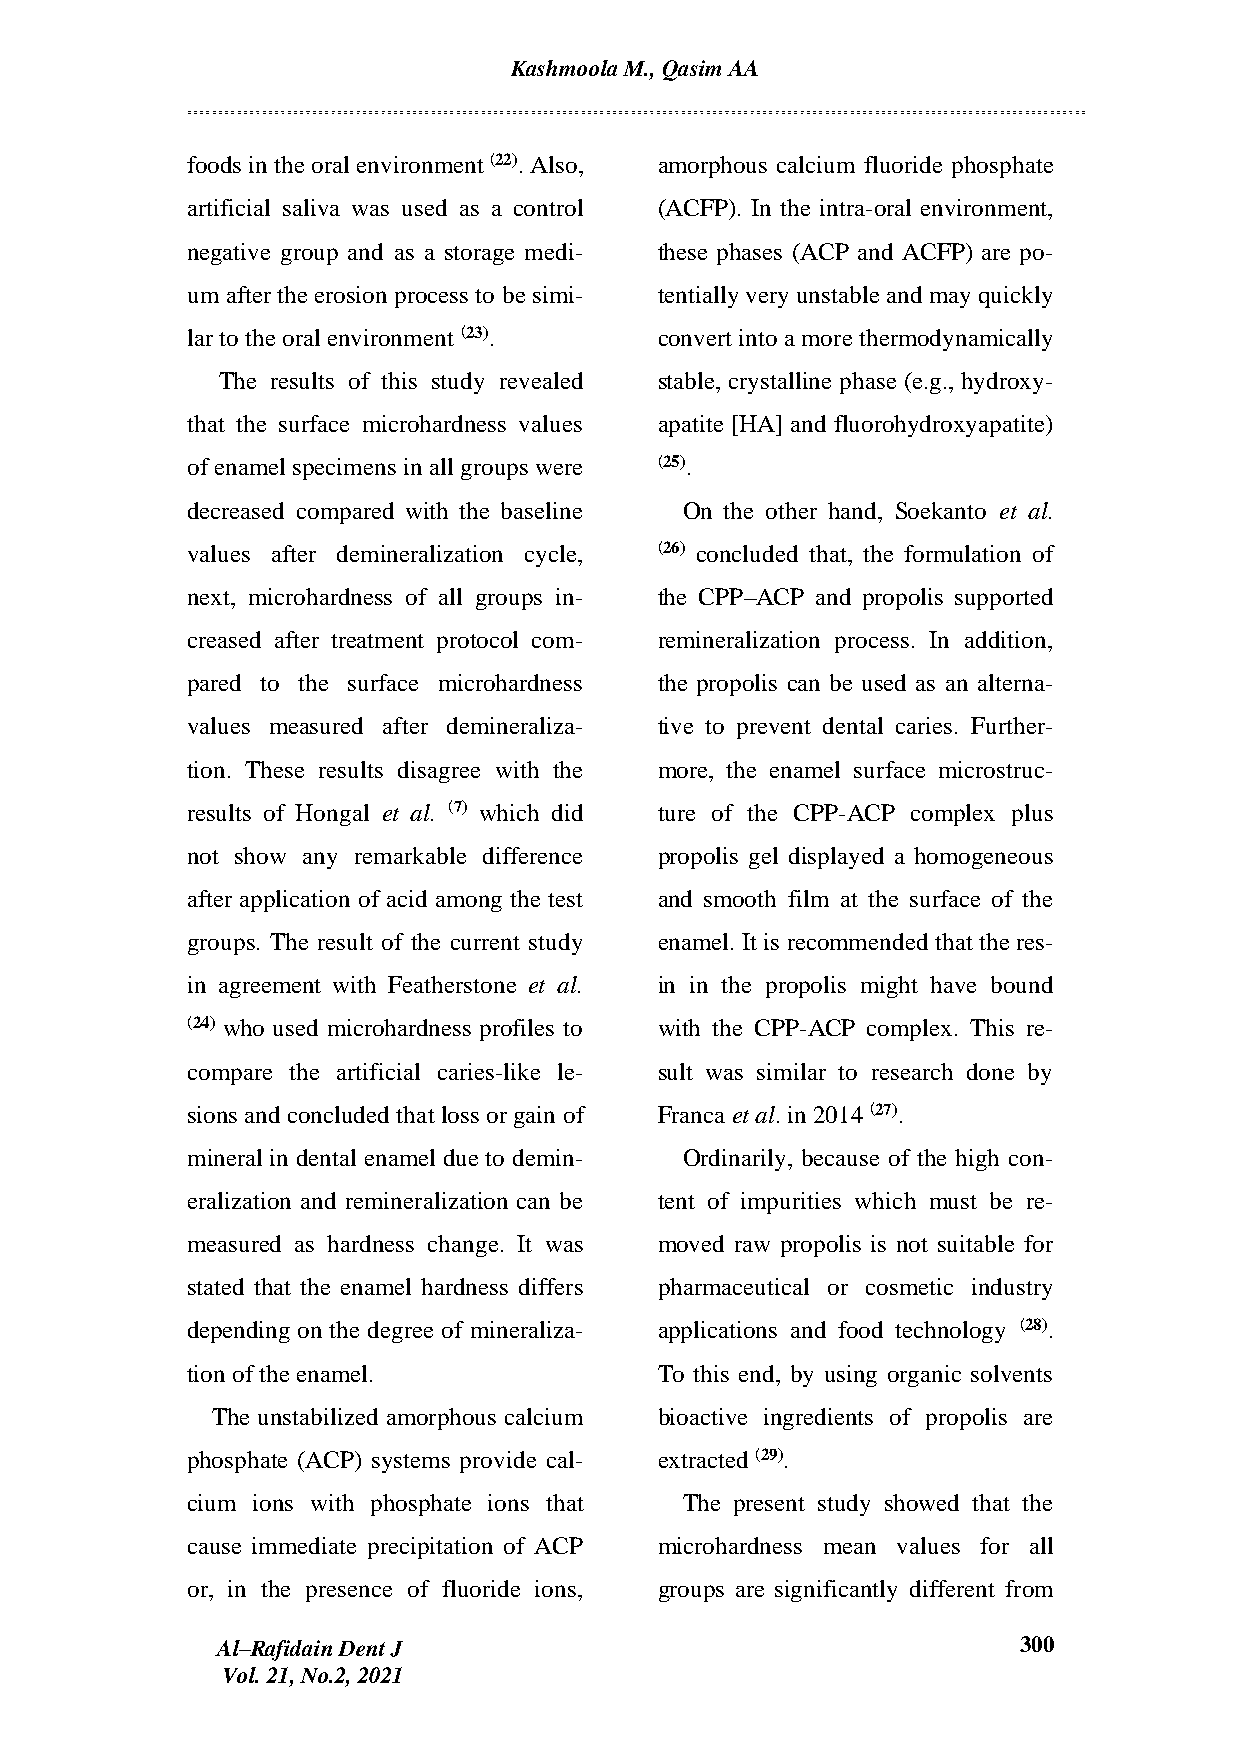
Kashmoola M., Qasim AA
 foods in the oral environment (22). Also, amorphous calcium fluoride phosphate
 artificial saliva was used as a control (ACFP). In the intra-oral environment,
 negative group and as a storage medi- these phases (ACP and ACFP) are po-
 um after the erosion process to be simi- tentially very unstable and may quickly
 lar to the oral environment (23). convert into a more thermodynamically
 The results of this study revealed stable, crystalline phase (e.g., hydroxy-
 that the surface microhardness values apatite [HA] and fluorohydroxyapatite)
 of enamel specimens in all groups were (25).
 decreased compared with the baseline On the other hand, Soekanto et al.
 values after demineralization cycle, (26) concluded that, the formulation of
 next, microhardness of all groups in- the CPP–ACP and propolis supported
 creased after treatment protocol com- remineralization process. In addition,
 pared to the surface microhardness the propolis can be used as an alterna-
 values measured after demineraliza- tive to prevent dental caries. Further-
 tion. These results disagree with the more, the enamel surface microstruc-
 results of Hongal et al. (7) which did ture of the CPP-ACP complex plus
 not show any remarkable difference propolis gel displayed a homogeneous
 after application of acid among the test and smooth film at the surface of the
 groups. The result of the current study enamel. It is recommended that the res-
 in agreement with Featherstone et al. in in the propolis might have bound
 (24) who used microhardness profiles to with the CPP-ACP complex. This re-
 compare the artificial caries-like le- sult was similar to research done by
 sions and concluded that loss or gain of Franca et al. in 2014 (27).
 mineral in dental enamel due to demin- Ordinarily, because of the high con-
 eralization and remineralization can be tent of impurities which must be re-
 measured as hardness change. It was moved raw propolis is not suitable for
 stated that the enamel hardness differs pharmaceutical or cosmetic industry
 depending on the degree of mineraliza- applications and food technology (28).
 tion of the enamel.             To this end, by using organic solvents
 The unstabilized amorphous calcium bioactive ingredients of propolis are
 phosphate (ACP) systems provide cal- extracted (29).
 cium ions with phosphate ions that The present study showed that the
 cause immediate precipitation of ACP microhardness mean values for all
 or, in the presence of fluoride ions, groups are significantly different from
 Al–Rafidain Dent J                                   300
 Vol. 21, No.2, 2021